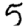
Digit: 5